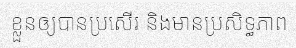
ខ្លួនឲ្យបានប្រសើរ និងមានប្រសិទ្ធភាព